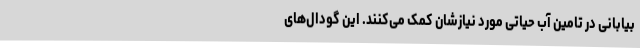
بیابانی در تامین آب حیاتی مورد نیازشان کمک می‌کنند. این گودال‌های